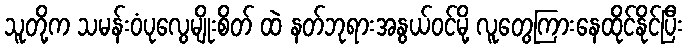
သူတို့က သမန်းဝံပုလွေမျိုးစိတ် ထဲ နတ်ဘုရားအနွယ်ဝင်မို့ လူတွေကြားနေထိုင်နိုင်ပြီး